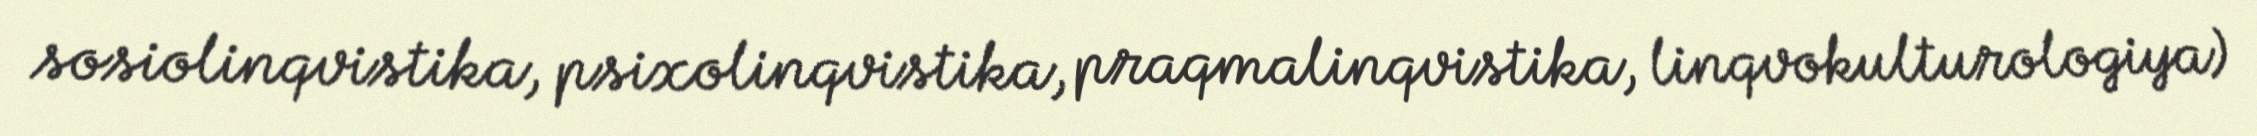
sosiolinqvistika, psixolinqvistika, praqmalinqvistika, linqvokulturologiya)